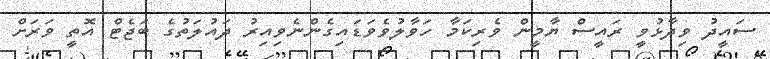
ސައީދު ވިދާޅުވީ ރައީސް ޔާމީން ވެރިކަމާ ހަވާލުވެވަޑައިގެންނެވިއިރު ދައުލަތުގެ ބަޖެޓް އޮތީ ވަރަށް